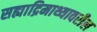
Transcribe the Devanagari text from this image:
सह्याद्रिमाथ्यावरील